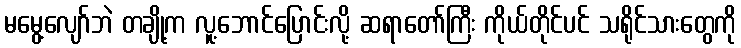
မမွေ့လျော်ဘဲ တချို့က လူ့ဘောင်ပြောင်းလို့ ဆရာတော်ကြီး ကိုယ်တိုင်ပင် သရိုင်သားတွေကို